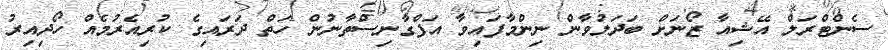
ސެންޓްރަލް އޭޝިއާ ޒޯނަށް ބަދަލުވާން ނިންމާފައިވާ އަފްގާނިސްތާނުން ހަތް ދަރައިގެ ކުރިއެރުމެއް ހޯދިއިރު